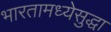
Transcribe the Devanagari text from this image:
भारतामध्येसुद्धा